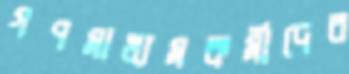
গণমাধ্যমকর্মীদের